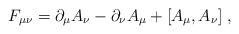
LaTeX: \begin{align*}F_{\mu\nu} = \partial_{\mu} A_{\nu} - \partial_{\nu} A_{\mu}+ [A_{\mu}, A_{\nu}] \; , \end{align*}